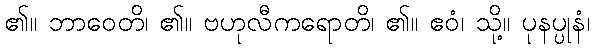
၏။ ဘာဝေတိ၊ ၏။ ဗဟုလီကရောတိ၊ ၏။ ဧဝံ၊ သို့။ ပုနပ္ပုနံ၊